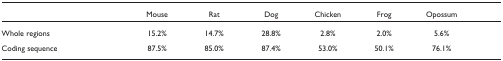
<table><thead><tr><td></td><td><b>Mouse</b></td><td><b>Rat</b></td><td><b>Dog</b></td><td><b>Chicken</b></td><td><b>Frog</b></td><td><b>Opossum</b></td></tr></thead><tbody><tr><td>Whole regions</td><td>15.2%</td><td>14.7%</td><td>28.8%</td><td>2.8%</td><td>2.0%</td><td>5.6%</td></tr><tr><td>Coding sequence</td><td>87.5%</td><td>85.0%</td><td>87.4%</td><td>53.0%</td><td>50.1%</td><td>76.1%</td></tr></tbody></table>